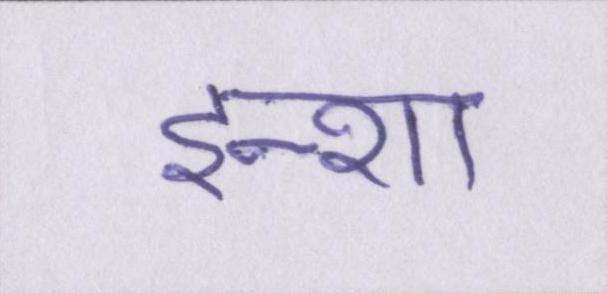
इन्शा